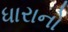
ધારાનો